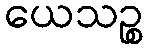
ယေသဉ္စ